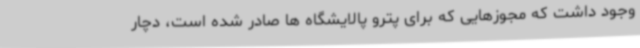
وجود داشت که مجوزهایی که برای پترو پالایشگاه ها صادر شده است، دچار